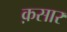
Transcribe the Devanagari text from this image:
क़सार